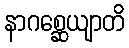
နာဂစ္ဆေယျာတိ